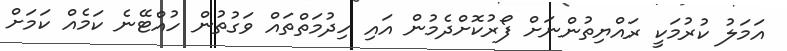
އަމަލު ކުރުމަކީ ރައްޔިތުންނަށް ފޯރުކޮށްދެމުން އައި ހިދުމަތްތައް ވަގުތުން ހުއްޓޭނެ ކަމެއް ކަމަށް